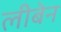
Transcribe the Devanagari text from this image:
लीबेन